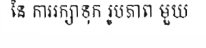
នៃ ការរក្សាទុក រូបភាព មួយ